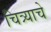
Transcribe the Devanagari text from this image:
चित्र्याचे